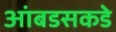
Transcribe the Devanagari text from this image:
आंबडसकडे